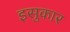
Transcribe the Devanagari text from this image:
इसुकार